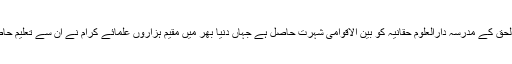
مولانا سمیع الحق کے مدرسہ دارالعلوم حقانیہ کو بین الاقوامی شہرت حاصل ہے جہاں دنیا بھر میں مقیم ہزاروں علمائے کرام نے ان سے تعلیم حاصل کی ہے ۔